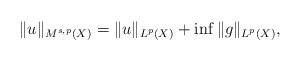
LaTeX: \begin{align*}\|u\|_{M^{s,p}(X)}=\|u\|_{L^p(X)}+\inf\|g\|_{L^p(X)},\end{align*}